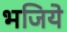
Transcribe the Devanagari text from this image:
भजिये